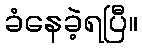
ခံနေခဲ့ရပြီ။